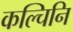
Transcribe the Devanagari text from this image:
कल्चिनि